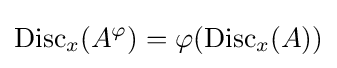
\operatorname {Disc} _{x}(A^{\varphi })=\varphi (\operatorname {Disc} _{x}(A))